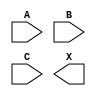
module sky130_fd_sc_hd__and3 (
    //# {{data|Data Signals}}
    input  A,
    input  B,
    input  C,
    output X
);

    // Voltage supply signals
    supply1 VPWR;
    supply0 VGND;
    supply1 VPB ;
    supply0 VNB ;

endmodule